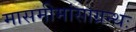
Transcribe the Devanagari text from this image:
मासमीमांसाग्रन्थः